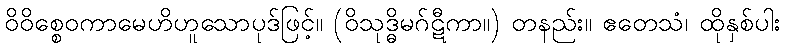
ဝိဝိစ္စေဝကာမေဟိဟူသောပုဒ်ဖြင့်။ (ဝိသုဒ္ဓိမဂ်ဋီကာ။) တနည်း။ ဧတေသံ၊ ထိုနှစ်ပါး